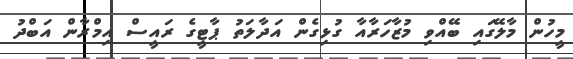
މީހުން މާލޭގައި ބޭއްވި މުޒާހަރާއާ ގުޅިގެން އަދާލަތު ޕާޓީގެ ރައީސް އިމްރާން އަބްދު